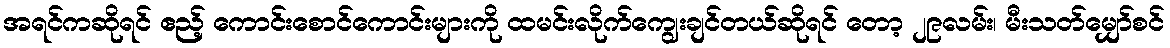
အရင်ကဆိုရင် ဧည့် ကောင်းစောင်ကောင်းများကို ထမင်းလိုက်ကျွေးချင်တယ်ဆိုရင် တော့ ၂၉လမ်း၊ မီးသတ်မျှော်စင်